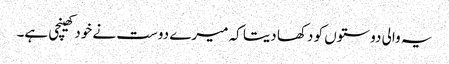
یہ والی دوستوں کو دکھا دیتا کہ میرے دوست نے خود کھینچی ہے۔